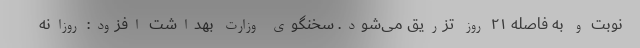
نوبت و به فاصله ۲۱ روز تزریق می‌شود. سخنگوی وزارت بهداشت افزود: روزانه